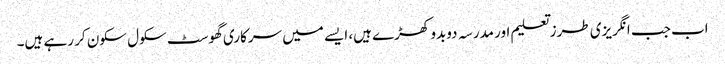
اب جب انگریزی طرزتعلیم اور مدرسہ دوبدو کھڑے ہیں، ایسے میں سرکاری گھوسٹ سکول سکون کر رہے ہیں۔